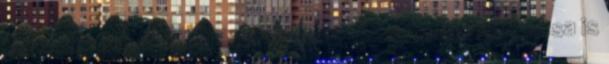
berendezéssel kell ellátni. A zárat törhetõ anyagú tárcsa is